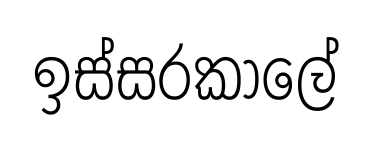
ඉස්සරකාලේ